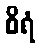
စိရံ